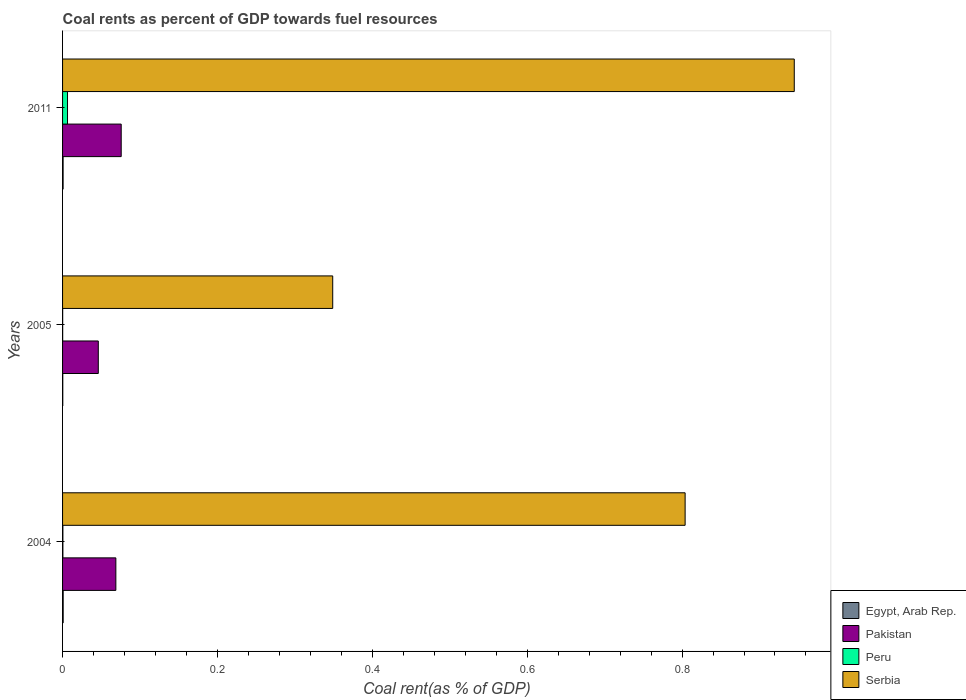
| Years | Egypt, Arab Rep. | Pakistan | Peru | Serbia |
 | --- | --- | --- | --- | --- |
 | 2004 | 0.000787 | 0.0688 | 0.000417 | 0.804 |
 | 2005 | 0.000279 | 0.0461 | 0.000135 | 0.349 |
 | 2011 | 0.0007 | 0.0757 | 0.0064 | 0.945 |